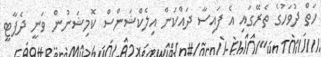
ހަތް ދުވަހުގެ ތެރޭގައި އެ ފައިސާ ދައްކަން އިލެކްޝަންސް ކޮމިޝަނުން ވަނީ ދެޕާޓީ